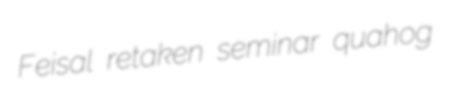
Feisal retaken seminar quahog